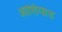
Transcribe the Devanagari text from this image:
आशियाड